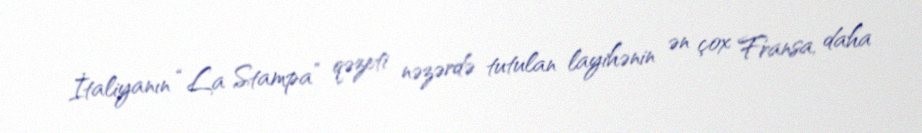
İtaliyanın “La Stampa” qəzeti nəzərdə tutulan layihənin ən çox Fransa, daha